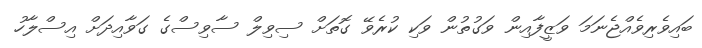
ބައިވެރިވެއްޖެނަމަ ވަޒީފާއިން ވަގުތުން ވަކި ކުރެވޭ ގޮތަށް ސިވިލް ސާވިސްގެ ގަވާއިދަށް އިސްލާހު